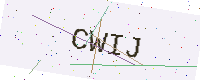
Text: CWIJ